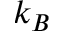
k _ { B }